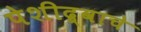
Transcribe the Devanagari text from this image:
पेशीद्र्वाचे